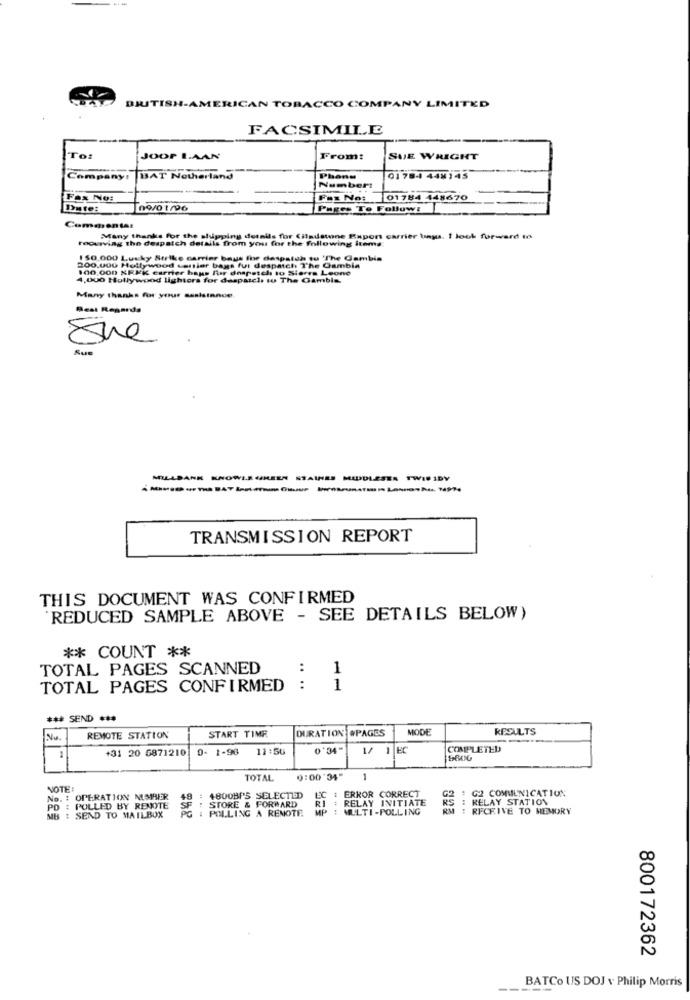
BRITISH-AMERICAN TOBACCO COMPANY LIMITED
FACSIMILE
Tot
JOOP LAAN
From:
SUE WRIGHT
Company!
BAT Netherland
Phone
0178-4 44%145
Number:
Fox No:
Faz No: 01784 448670
Date:
Pages To Followz
Commentas
roourviag the despatch detalis from you for the following items:
Many thanks for the shipping details for (iladstone Export carrier tings. I look forward to
150.000 Lucky Strike carrier baus the daspatch tu 'The Gambia
200.000 Hollywood vetllar bags fui despatch The Gambia
100.000 NRXK carrier haus für despatch to Sierra Leone
4.000 Hollywood lightors for daspascl. tu The Gambia
Many thanks for your assistance.
Best Regards
She
Rue
MILLDANK KNOWLE GREEN STAINES MIDDLESER TWID IDY
TRANSMISSION REPORT
THIS DOCUMENT WAS CONFIRMED
REDUCED SAMPLE ABOVE - SEE DETAILS BELOW)
** COUNT **
TOTAL PAGES SCANNED
:
1
TOTAL PAGES CONFIRMED
1
*** SEND ***
MODE
RESULTS
No
REMOTE STATION
START TIME
DURATION #PAGES
+31 20 G871210
0- 1-98
11:56
0'34"
1/ 1 EC
COMPLETED
TOTAL
0:00:34"
1
NOTE :
LC : ERROR CORRECT
: G2 COMMUNICATION
No. : OPERATION NUMRIER
48 : 4800BP'S SELECTED
KS : RELAY STATION
G2
PO
: PULLED BY RENOTE
STORE & FORWARD
RI
RELAY INITIATE
MULTI -POLLING
RM
: RECEIVE TO MEMORY
MB : SEND TO MAILBOX
: POLLING A REMOTE
800172362
BATCo US DOJ v Philip Morris